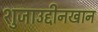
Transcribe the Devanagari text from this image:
शुजाउद्दीनखान